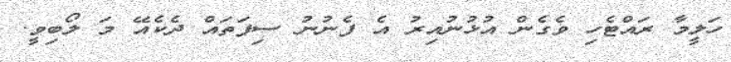
ހަލީމާ ރައްޓެހި ވެގެން އުޅުނުއިރު އެ ފެނުނު ސިފަތައް ދެކެއޭ މަ ލޯބިވީ.